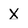
Character: X